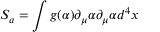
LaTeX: S _ { a } = \int g ( \alpha ) \partial _ { \mu } \alpha \partial _ { \mu } \alpha d ^ { 4 } x